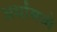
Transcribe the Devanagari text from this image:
अर्थांमध्ये